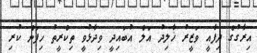
އިރާގުގެ ދިފާއީ ވަޒީރު ޚާލިދު އަލް އުބައިދީ ވިދާޅުވީ ތިކްރީތު ހިފަން ކުރި